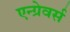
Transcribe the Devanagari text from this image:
एन्ग्रेवर्स